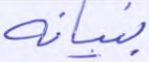
بنيانه